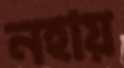
নহায়